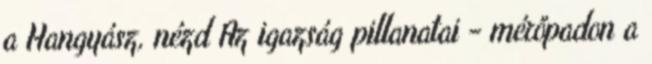
a Hangyász, nézd Az igazság pillanatai - mérőpadon a